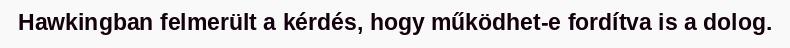
Hawkingban felmerült a kérdés, hogy működhet-e fordítva is a dolog.